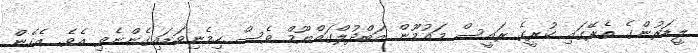
ލީޑަރުންގެ ތެރޭގައި ކުރީގެ ރައީސް މައުމޫން އަބްދުލްގައްޔޫމް ވެސް ހިމެނިވަޑައިގެންނެވި އެވެ. އެހެން